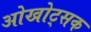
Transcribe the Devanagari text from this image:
ओखोट्सक